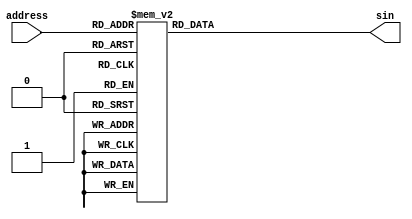
module sin_table(address,sin);
output [8:0] sin;         //91/4
input  [5:0] address;     //641/4256
 
reg    [8:0] sin;
 
always @(address)
	begin
                  case(address)	
                      6'h0: sin=9'h0;
                      6'h1: sin=9'hC;
                      6'h2: sin=9'h19;
                      6'h3: sin=9'h25;
                      6'h4: sin=9'h32;
                      6'h5: sin=9'h3E;
                      6'h6: sin=9'h4B;
                      6'h7: sin=9'h57;
                      6'h8: sin=9'h63;
                      6'h9: sin=9'h70;
                      6'ha: sin=9'h7C;
                      6'hb: sin=9'h88;
                      6'hc: sin=9'h94;
                      6'hd: sin=9'hA0;
                      6'he: sin=9'hAC;
                      6'hf: sin=9'hB8;
                      6'h10: sin=9'hC3;
                      6'h11: sin=9'hCF;
                      6'h12: sin=9'hDA;
                      6'h13: sin=9'hE6;
                      6'h14: sin=9'hF1;
                      6'h15: sin=9'hFC;
                      6'h16: sin=9'h107;
                      6'h17: sin=9'h111;
                      6'h18: sin=9'h11C;
                      6'h19: sin=9'h126;
                      6'h1a: sin=9'h130;
                      6'h1b: sin=9'h13A;
                      6'h1c: sin=9'h144;
                      6'h1d: sin=9'h14E;
                      6'h1e: sin=9'h157;
                      6'h1f: sin=9'h161;
                      6'h20: sin=9'h16A;
                      6'h21: sin=9'h172;
                      6'h22: sin=9'h17B;
                      6'h23: sin=9'h183;
                      6'h24: sin=9'h18B;
                      6'h25: sin=9'h193;
                      6'h26: sin=9'h19B;
                      6'h27: sin=9'h1A2;
                      6'h28: sin=9'h1A9;
                      6'h29: sin=9'h1B0;
                      6'h2a: sin=9'h1B7;
                      6'h2b: sin=9'h1BD;
                      6'h2c: sin=9'h1C3;
                      6'h2d: sin=9'h1C9;
                      6'h2e: sin=9'h1CE;
                      6'h2f: sin=9'h1D4;
                      6'h30: sin=9'h1D9;
                      6'h31: sin=9'h1DD;
                      6'h32: sin=9'h1E2;
                      6'h33: sin=9'h1E6;
                      6'h34: sin=9'h1E9;
                      6'h35: sin=9'h1ED;
                      6'h36: sin=9'h1F0;
                      6'h37: sin=9'h1F3;
                      6'h38: sin=9'h1F6;
                      6'h39: sin=9'h1F8;
                      6'h3a: sin=9'h1FA;
                      6'h3b: sin=9'h1FC;
                      6'h3c: sin=9'h1FD;
                      6'h3d: sin=9'h1FE;
                      6'h3e: sin=9'h1FF;
                      6'h3f: sin=9'h1FF;
                   endcase
              end
endmodule